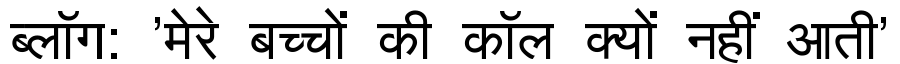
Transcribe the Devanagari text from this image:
ब्लॉग: 'मेरे बच्चों की कॉल क्यों नहीं आती'